Materia medica of Madras volume I
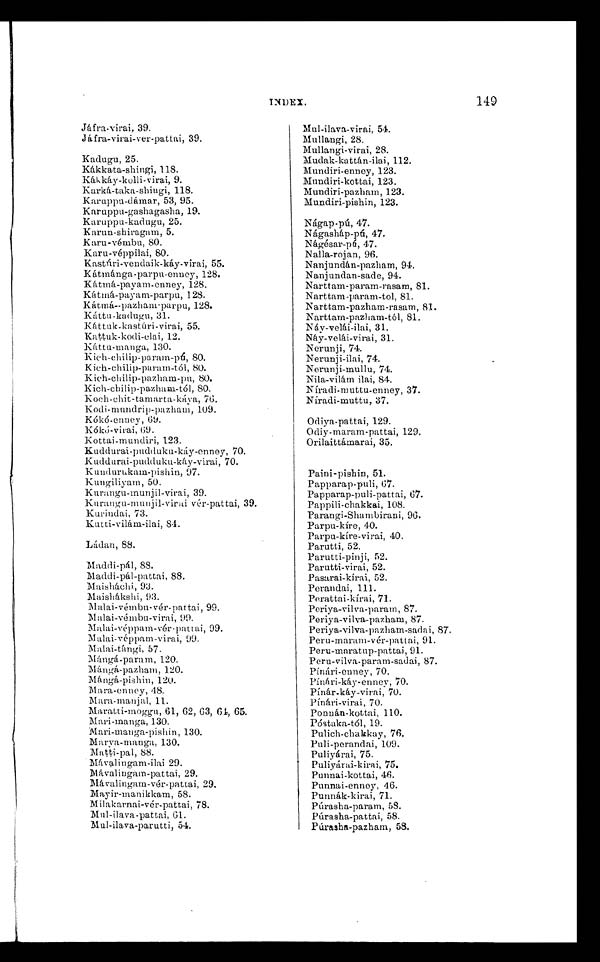
INDEX
Jáfra-virai, 39
.
Jáfra-virai-ver-pattai, 39.
Kadugu, 25.
Kákkata-shingi, 118.
Kákkáy-kolli-virai, 9.
Karká-taka-shiugi, 118
. Karuppu-dámar, 53, 95.
Karuppu-gashagasha, 19.
Karuppu-kadugu, 25.
Karun-shiragam, 5.
Karu-vémbu, 80.
Karu-véppilai, 80.
Kastúri-vendaik-káy-virai, 55.
Kátmánga-parpu-enney, 128.
Kátmá-payam-enney, 128.
Kátmá-payam-parpu, 128.
Kátmá-pazham-parpu, 128.
Káttu-kadugu, 31.
Káttuk-kastúri-virai, 55.
Kattuk-kodi-elai, 12.
Káttu-manga, 130.
Kich-chilip-param-pú, 80.
Kich-chilip-param-tól, 80.
Kich-chilip-pazham-pu, 80.
Kich-chilip-pazham-tól, 80.
Koch-chit-tamarta-káya, 76.
Kodi-mundrip-pazham, 109.
Kókó-enney, 69.
Kókó-virai, 69.
Kottai-mundiri, 123.
Kuddurai-pudduku-káy-enney, 70.
Kuddurai-pudduku-káy-virai, 70.
Kundurakam-pishin, 97.
Kungiliyam, 50.
Kurangu-munjil-virai, 39.
Kurangu-munjil-virai vér-pattai, 39.
Kurindai, 73.
Kutti-vilám-ilai, 84.
Ládan, 88.
Maddi-pál, 88.
Maddi-pál-pattai, 88.
Maisháchi, 93.
Maishákshi, 93.
Malai-vémbu-vér-pattai , 99.
Malai-vémbu-virai, 99.
Malai-véppam-vér-pattai, 99.
Malai-véppam-virai, 99.
Malai-tángi, 57.
Mángá-param, 120.
Mángá-pazham, 120.
Mángá-pishin, 120.
Mara-enney, 48.
Mara-manjal, 11.
Maratti-moggu, 61, 62, 63, 64, 65.
Mari-manga, 130.
Mari-manga-pishin, 130.
Marya-manga, 130.
Matti-pal, 88.
Mávalingam-ilai 29.
Mávalingam-pattai, 29.
Mávalingam-vér-pattai, 29.
Mayir-manikkam, 58.
Milakarnai-vér-pattai, 78.
Mul-ilava-pattai, 61.
Mul-ilava-parutti, 54.
149
Mul-ilava-virai, 54.
Mullangi, 28.
Mullangi-virai, 28.
Mudak-kattán-ilai, 112.
Mundiri-enney, 123.
Mundiri-kottai, 123.
Mundiri-pazham, 123,
Mundiri-pishin, 123.
Nágap-pú, 47.
Nágasháp-pú, 47.
Nágésar-pú, 47.
Nalla-rojan, 96.
Nanjundán-pazham, 94.
Nanjundan-sade, 94.
Narttam-param-rasam, 81.
Narttam-param-tol, 81.
Narttam-pazham-rasam, 81.
Narttam-pazliam-tól, 81.
Náy-velái-ilai, 31.
Náy-velái-virai, 31.
Nerunji, 74.
Nerunji-ilai, 74.
Nerunji-mullu, 74.
Nila-vilám ilai, 84.
Niradi-muttu-enney, 37.
Niradi-muttu, 37.
Odiya-pattai, 129.
Odiy-maram-pattai, 129.
Orilaittámarai, 35.
Paini-pishin, 51.
Papparap-puli, 67.
Papparap-puli-pattai, 67.
Pappili-chakkai, 108.
Parangi-Shambirani, 96.
Parpu-kíre, 40.
Parpu-kíre-virai, 40
.
Parutti, 52.
Parutti-pinji, 52.
Parutti-virai, 52.
Pasarai-kírai, 52.
Perandai, 111.
Perattai-kírai, 71.
Periya-vilva-param, 87.
Periya-vilva-pazham, 87.
Periya-vilva-pazham-sadai, 87.
Peru-maram-vér-pattai, 91.
Peru-maratup-pattai, 91.
Peru-vilva-param-sadai, 87.
Pínári-enney, 70.
Pínári-káy-enney, 70.
Pínár-káy-virai, 70.
Pínári-virai, 70.
Ponnán-kottai, 110.
Póstaka-tól, 19.
Pulich-chakkay, 76.
Puli-perandai, 109.
Puliyárai, 75.
Puliyárai-kirai, 75.
Punnai-kottai, 46.
Punnai-enney, 46.
Punnák-kirai, 71.
Púrasha-param, 58.
Púrasha-pattai, 58.
Púrasha-pazham, 58.